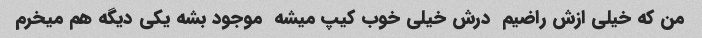
من که خیلی ازش راضیم  درش خیلی خوب کیپ میشه  موجود بشه یکی دیگه هم میخرم